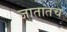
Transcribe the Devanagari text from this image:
जातातच